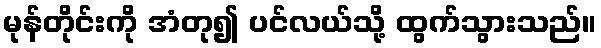
မုန်တိုင်းကို အံတု၍ ပင်လယ်သို့ ထွက်သွားသည်။